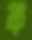
ক